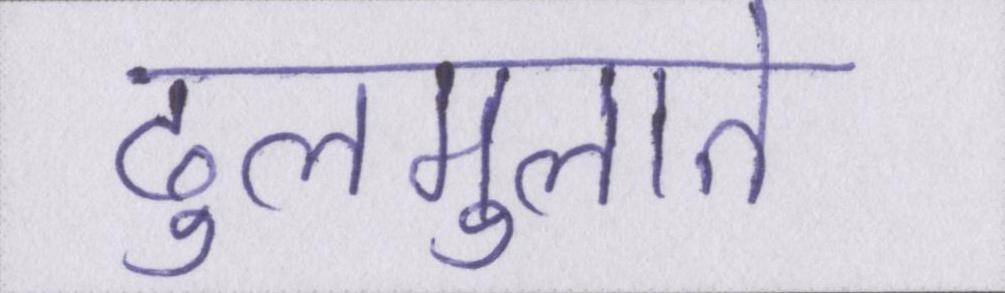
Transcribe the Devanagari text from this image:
ढुलमुलाते